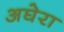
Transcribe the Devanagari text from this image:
अघेरा